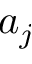
a _ { j }